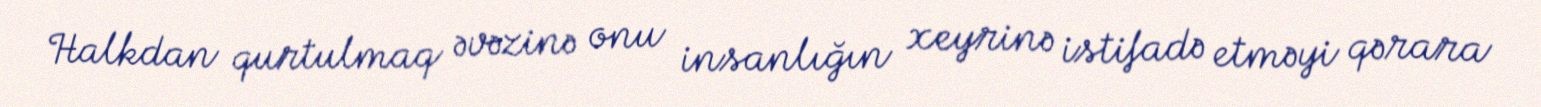
Halkdan qurtulmaq əvəzinə onu insanlığın xeyrinə istifadə etməyi qərara